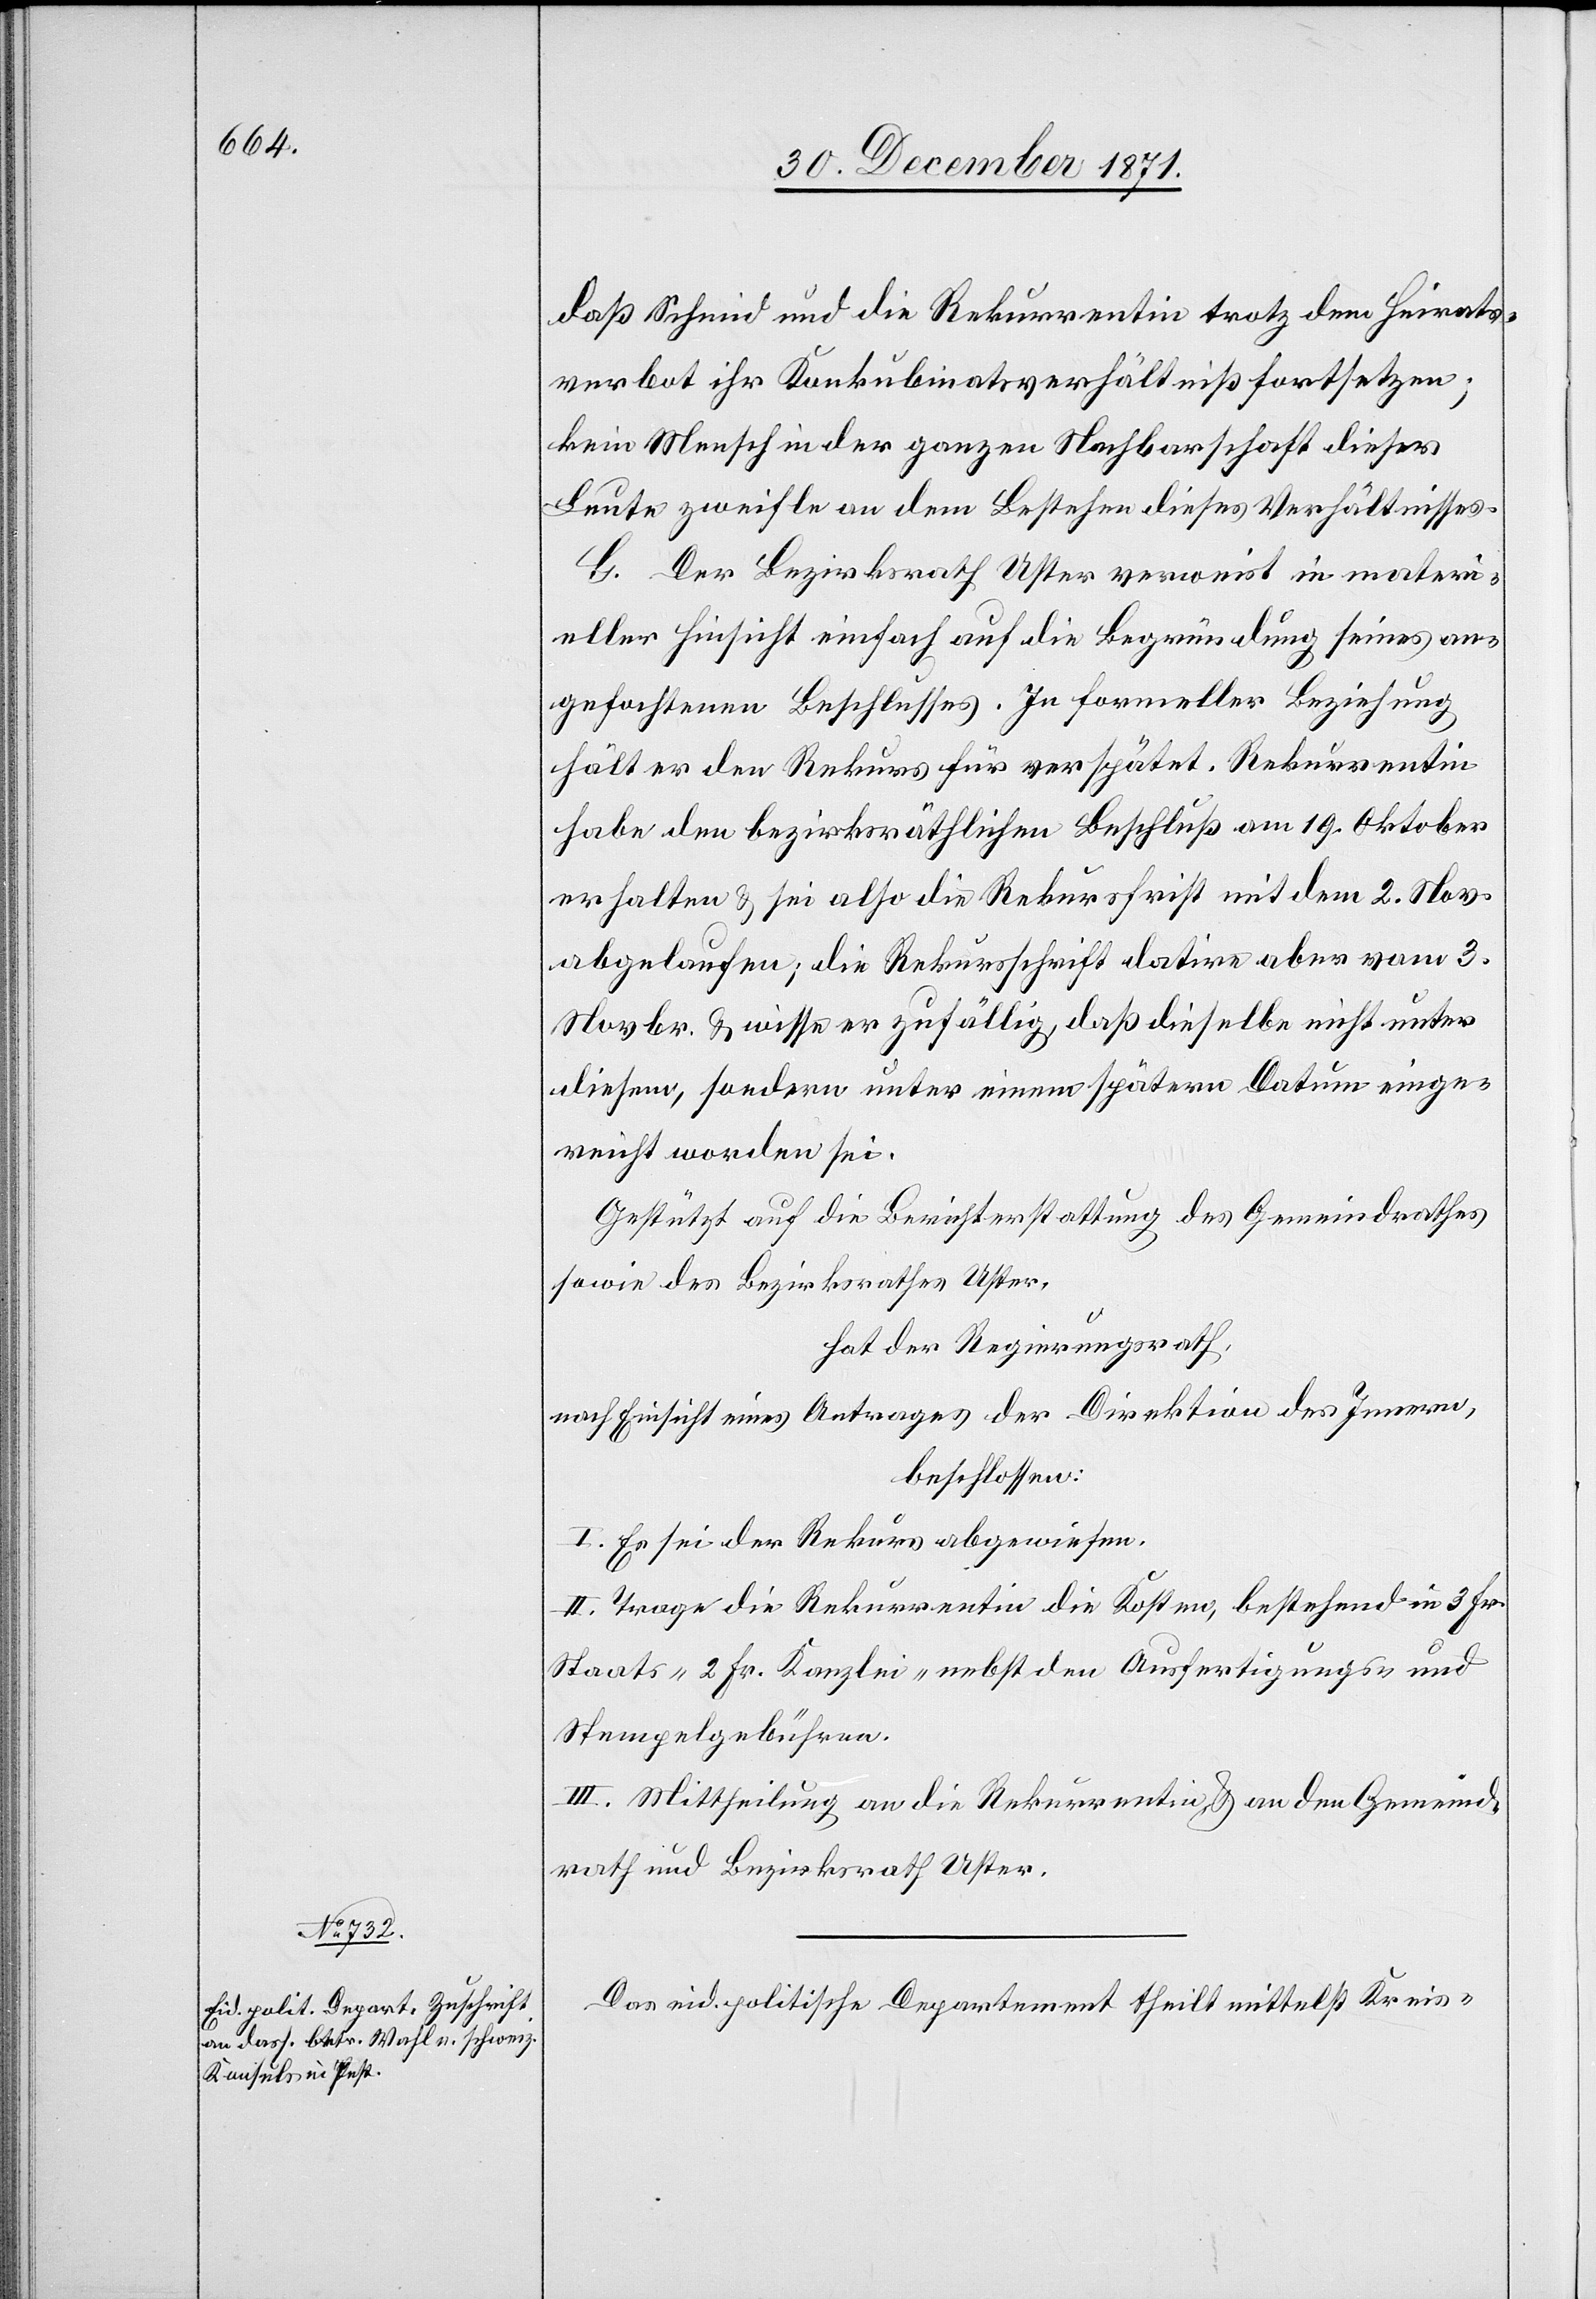
daß Schmid und die Rekurrentin trotz dem Heirats¬
verbot ihr Konkubinatsverhältniß fortsetzen;
kein Mensch in der ganzen Nachbarschaft dieser
Leute zweifle an dem Bestehen dieses Verhältnisses.
G. Der Bezirksrath Uster verweist in materi¬
eller Hinsicht einfach auf die Begründung seines an¬
gefochtenen Beschlusses. In formeller Beziehung
hält er den Rekurs für verspätet. Rekurrentin
habe den bezirksräthlichen Beschluß am 19. Oktober
erhalten & sei also die Rekursfrist mit dem 2. Nov.
abgelaufen; die Rekursschrift datire aber vom 3.
Novbr. & wisse er zufällig, daß dieselbe nicht unter
diesem, sondern unter einem spätern Datum einge¬
reicht worden sei.
Gestützt auf die Berichterstattung des Gemeindrathes
sowie des Bezirksrathes Uster,
hat der Regierungsrath,
nach Einsicht eines Antrages der Direktion des Innern,
beschlossen:
I. Es sei der Rekurs abgewiesen.
II. Trage die Rekurrentin die Kosten, bestehen in 3 Fr.
Staats-[,] 2 Fr. Kanzlei- nebst den Ausfertigungs- und
Stempelgebühren.
III. Mittheilung an die Rekurrentin & an den Gemeind¬
rath und Bezirksrath Uster.
Das eid. politische Departement theilt mittelst Kreis-